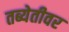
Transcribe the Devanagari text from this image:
तब्येतीवर